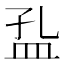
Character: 𱲍